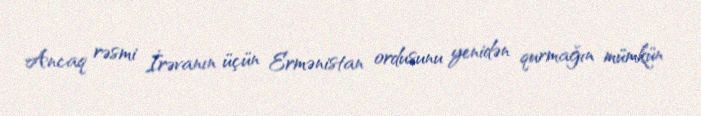
Ancaq rəsmi İrəvanın üçün Ermənistan ordusunu yenidən qurmağın mümkün